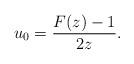
LaTeX: \begin{align*} u_0=\frac{F(z) - 1}{2z}.\end{align*}